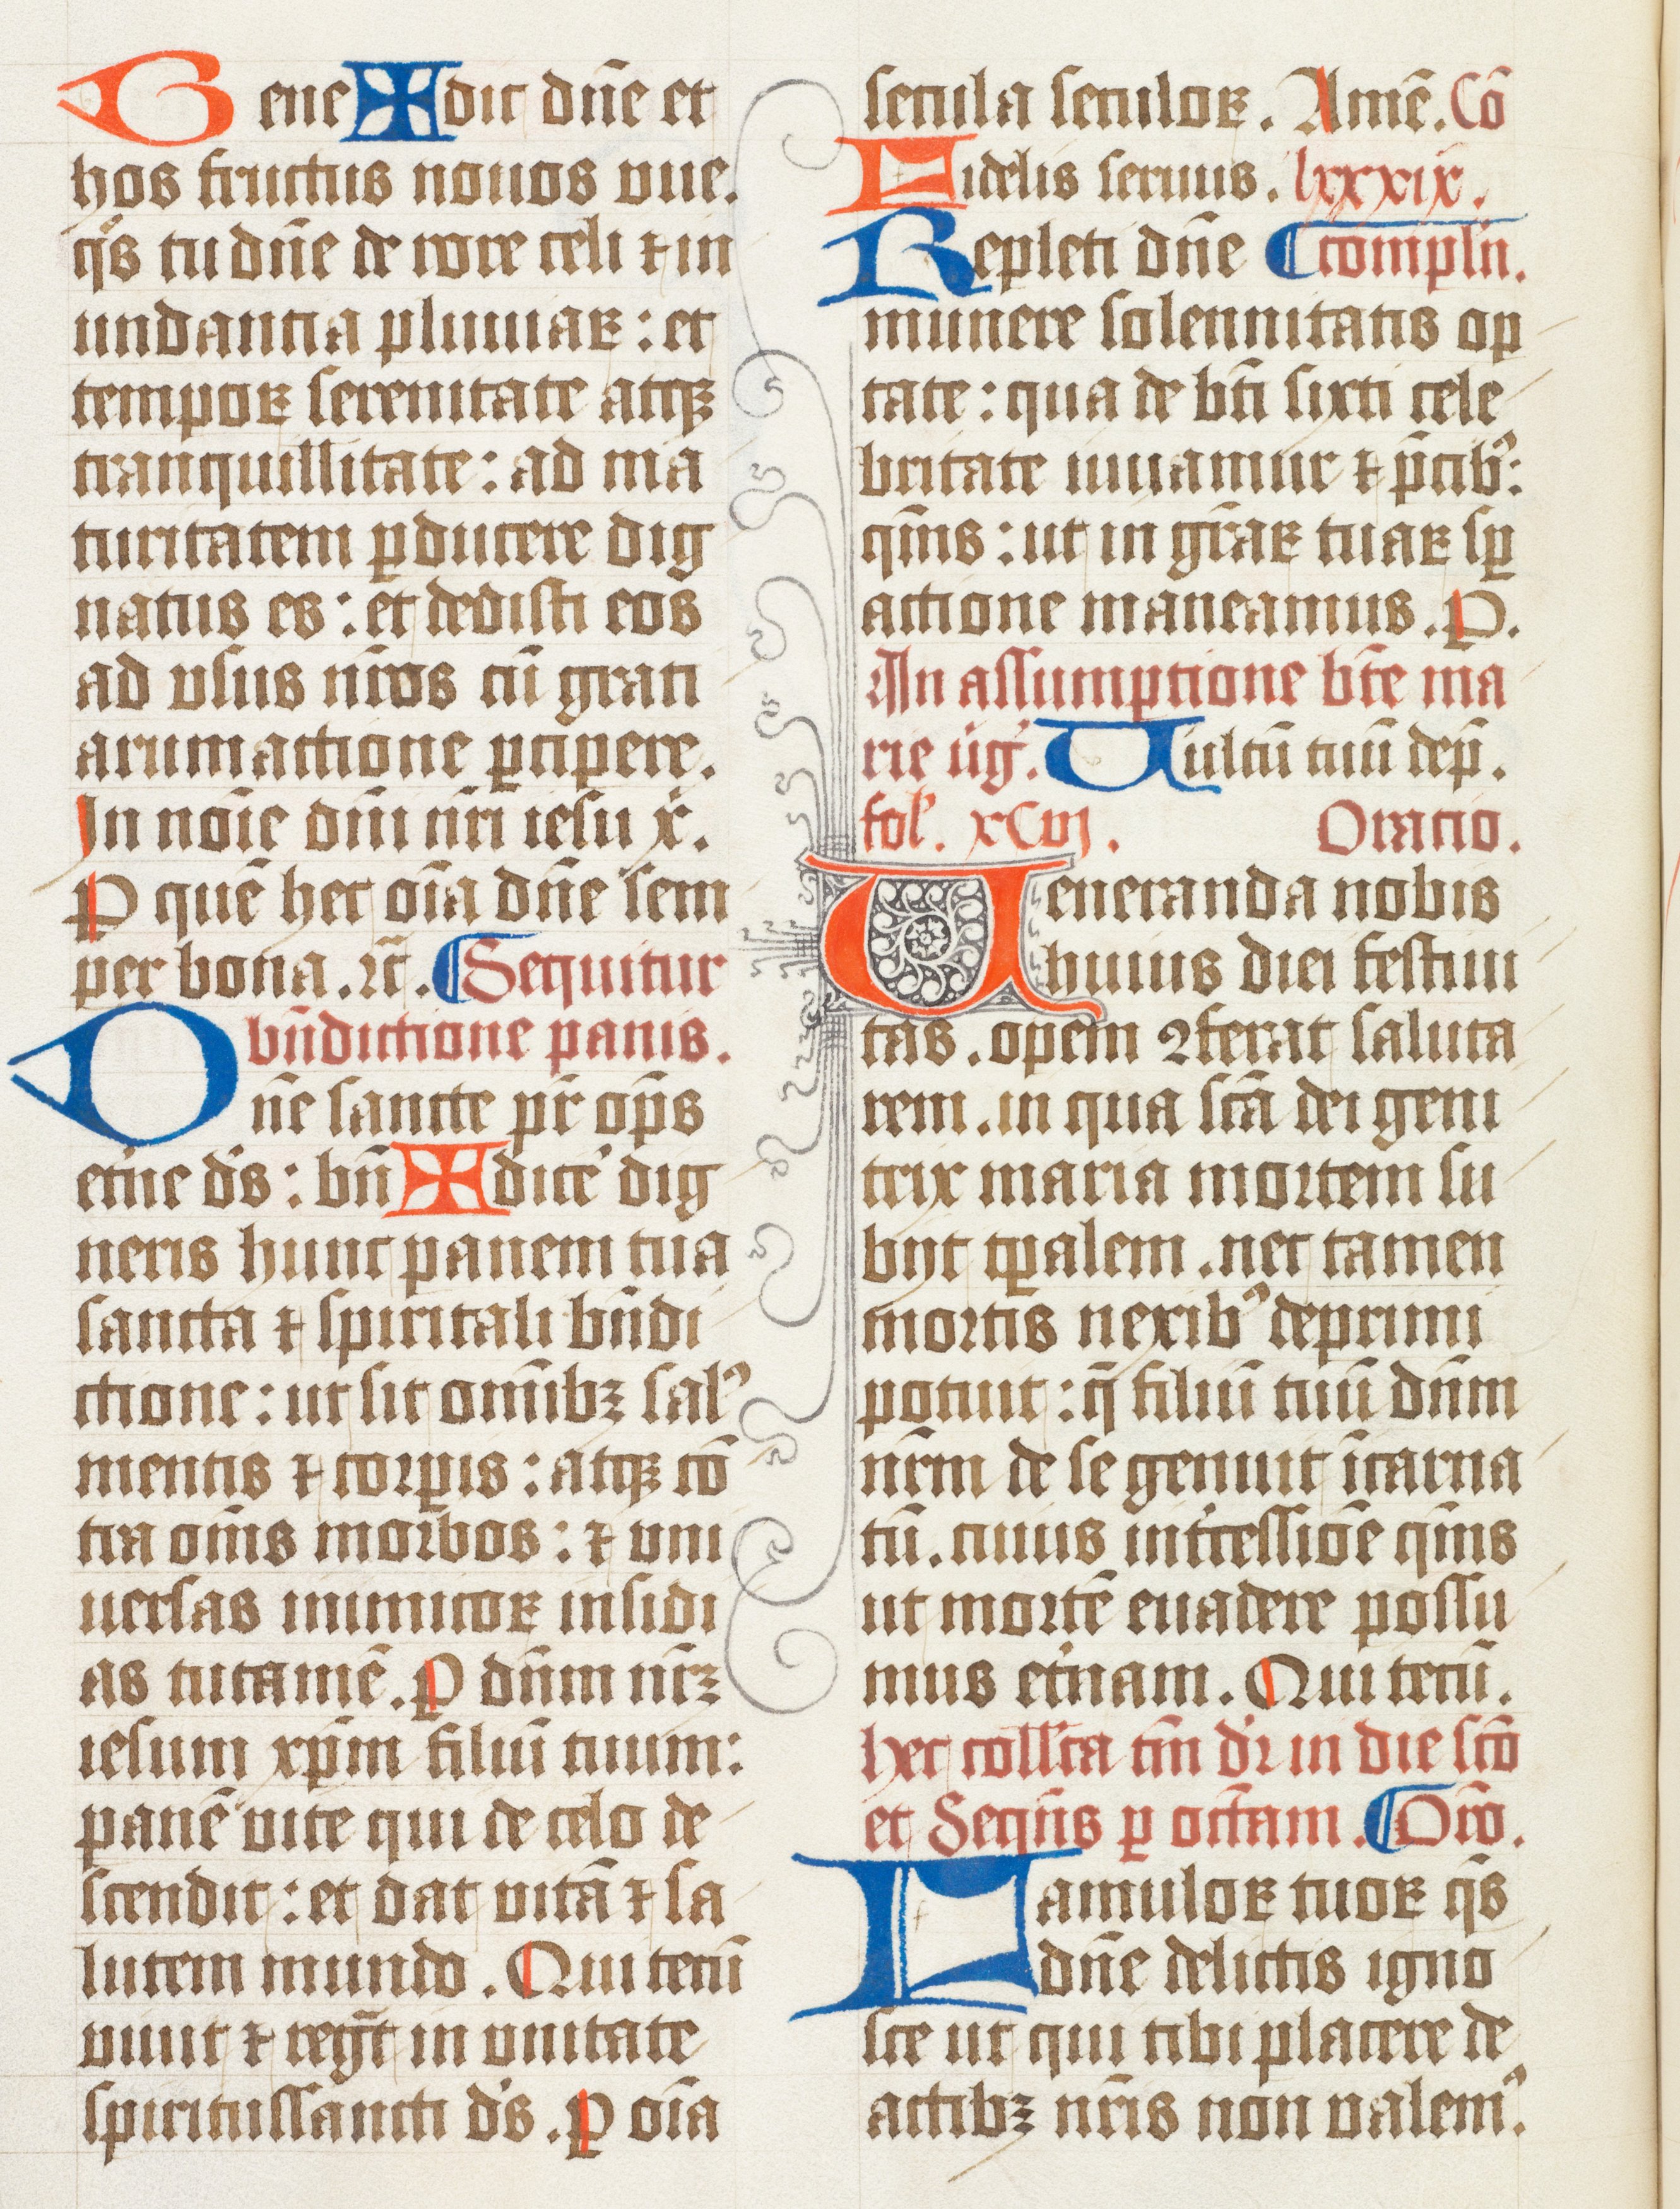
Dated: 1502–1527